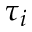
\tau _ { i }